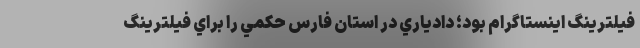
فيلترينگ اينستاگرام بود؛ ‌دادياري در استان فارس حكمي را براي فيلترينگ